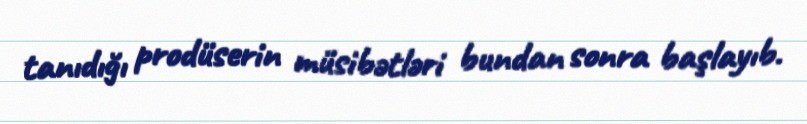
tanıdığı prodüserin müsibətləri bundan sonra başlayıb.